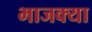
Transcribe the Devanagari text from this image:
भाजक्या